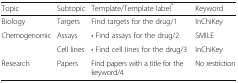
<table><thead><tr><td><b>Topic</b></td><td><b>Subtopic</b></td><td><b>Template/Template label<sup>*</sup></b></td><td><b>Keyword</b></td></tr></thead><tbody><tr><td>Biology</td><td>Targets</td><td>Find targets for the drug/1</td><td>InChiKey</td></tr><tr><td rowspan="2">Chemogenomic</td><td>Assays</td><td>• Find assays for the drug/2</td><td>SMILE</td></tr><tr><td>Cell lines</td><td>• Find cell lines for the drug/3</td><td>InChiKey</td></tr><tr><td>Research</td><td>Papers</td><td>Find papers with a title for the keyword/4</td><td>No restriction</td></tr></tbody></table>